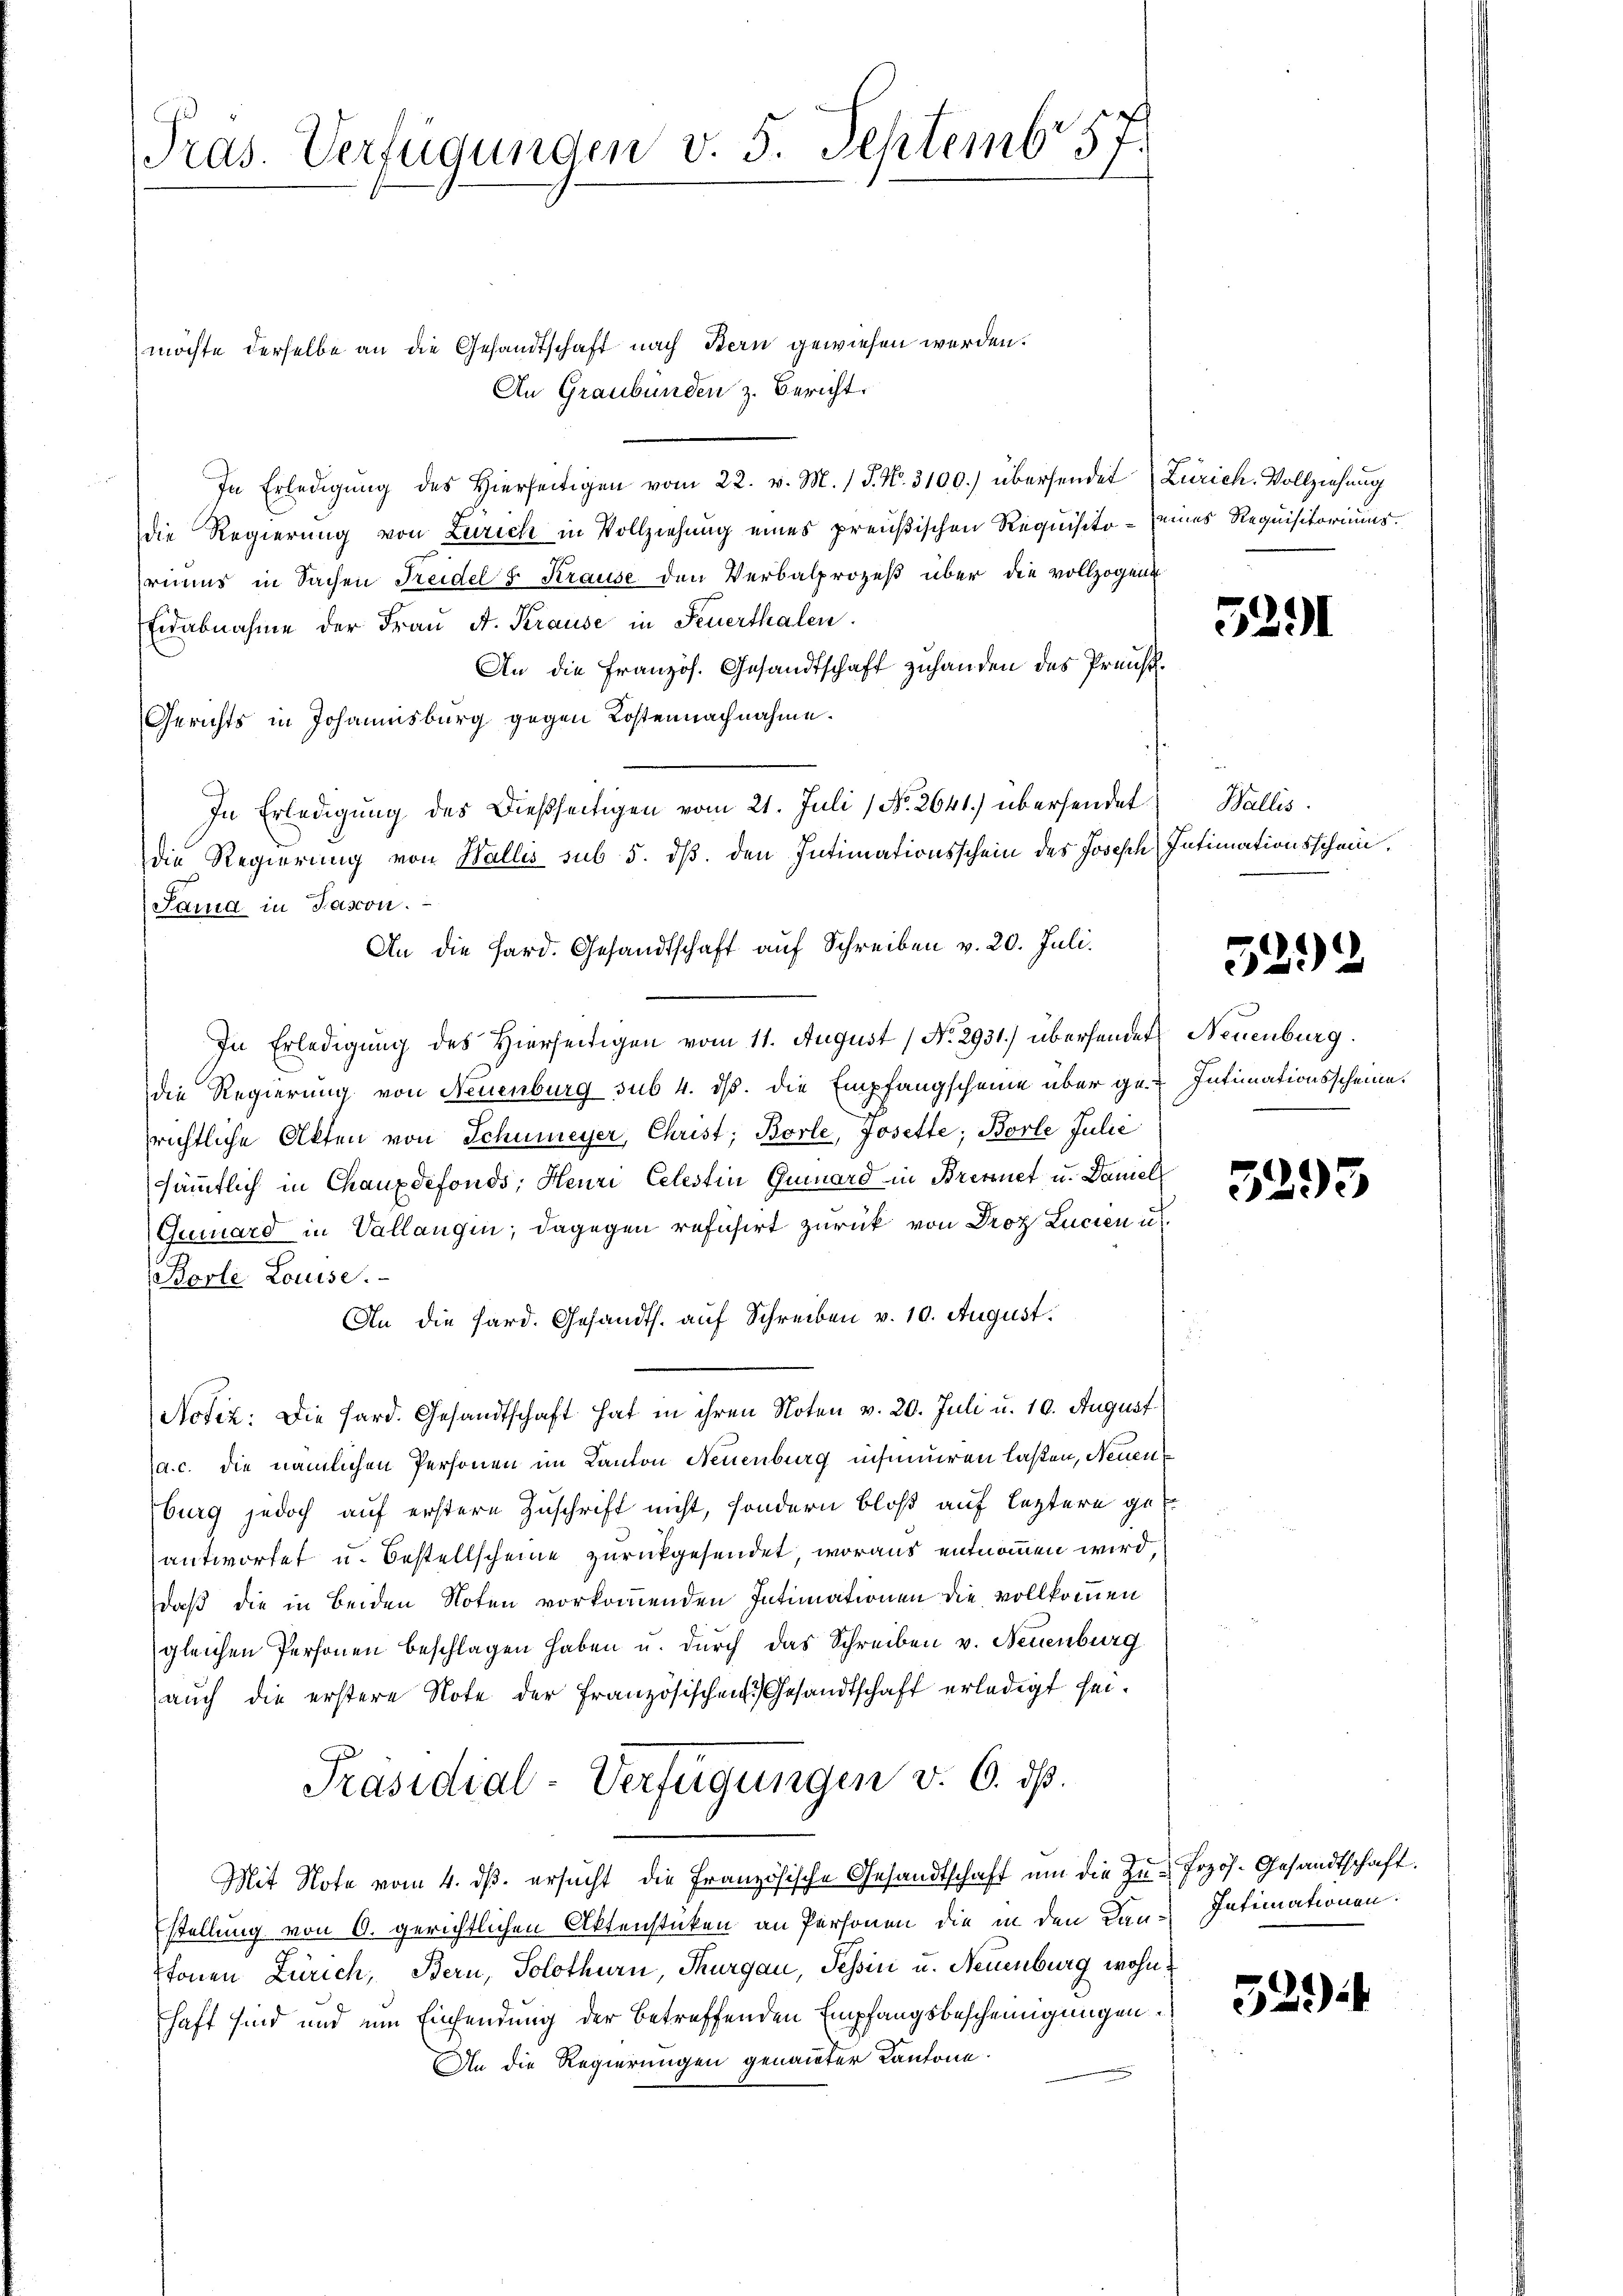
Pras. Verfügungen v. 5. Septemb. 57.

möchte derselbe an die Gesandtschaft nach Bern gewiesen werden.
An Graubünden z. Bericht.
In Erledigŭng des Hierseitigen vom 22. v. M. P. Nr. 3100.) übersendet Zürich. Vollziehung
die Regierung von Zürich in Vollziehung eines preußischen Requisito – eines Requisitoriums.
rimus in Sachen Freidel & Krause den Verbalprozeß über die vollzogen
Eidabnahme der Fraŭ A. Krause in Feuerthalen.
An die Französ. Gesandtschaft zuhanden des Preis¬
Gerichts in Johannisburg gegen Kostennachnahme.
In Erledigung des Dießseitigen vom 21. Juli (No. 2641) übersendet
die Regierung von Wallis sub 5. dß. den Intimationsschein des Joseph Intimationsschein,
Jama in Pasion.
An die Hard. Gesandtschaft auf Schreiben v. 20. Juli.
In Erledigung des Hierseitigen vom 11. August 1 No 2931.) überhandert Neuenburg.
die Regierung von Neuenburg sub 4. dß. die Empfangscheine über ge-Intimationsscheine.
richtliche Akten von Schumeyer, Christ, Borle, Josette, Borle Julić
sämmtlich in Chauxdefonds; Heuri Celestin Girard in Brennet u. Daniel
Guard in Vallangin; dagegen refüsiert zurück von Droz Lucien u.
Bovle Louise.
An die Hard. Gesandts. auf Schreiben v. 10. August.
Notiz: Die Hard. Gesandtschaft hat in ihren Noten v. 20. Juli u. 10. August
(a.c. die nämlichen Personen im Kanton Neuenburg insinuiren laßen, Neuen
burg jedoch auf erstere Zuschrift nicht, sondern bloß auf leztere geantwortet u. Bestellscheine zurückgesendet, woraus entnommen wird
daß die in Beiden Noten vorkommenden Intimationen die vollkommen
gleichen Personen beschlagen haben u. durch das Schreiben v. Neuenburg
auch die erstere Note der französischen Gesandtschaft erledigt sei.
Präsidial-Verfügungen v. 6. dß.
Mit Note vom 4. ds. ersucht die Französische Gesandtschaft um die Zu- frzös. Gesandtschaft.
stellung von 6. gerichtlichen Aktenstücken an Personen die in den Lan-Intimationen.
tonen Zürich, Bern, Solothurn, Thurgau, Tessin u. Neuenburg wohnhaft sind und um Einsendung der betreffenden Empfangsbescheinigungen
An die Regierungen genannter Kantone.

5291

Wallis.

5292

5293

52.)